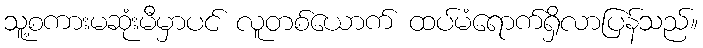
သူ့စကားမဆုံးမီမှာပင် လူတစ်ယောက် ထပ်မံရောက်ရှိလာပြန်သည်။